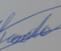
Signature authenticity: genuine